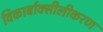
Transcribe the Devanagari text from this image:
विकार्बाक्सीलीकरण